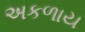
અકળાય